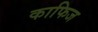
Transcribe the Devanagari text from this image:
काफिज